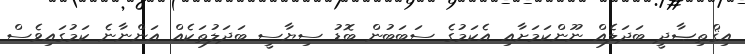
އިޤްތިޞާދީ ބަދަލެއް ނޫންކަމަށާއި އެކަމުގެ ސަބަބުން ބޮޑު ސިޔާސީ ބަދަލުތަކެއް އަންނާނެ ކަމުގައިވެސް